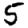
Digit: 5